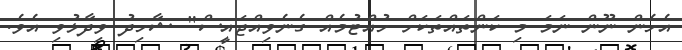
އެހެން ނޫން ނަމަ މި ކަންތައްތަކަށް ހުއްޓުމެއް ގެނެވިއްޖައީސް" ޝާހިދު ވިދާޅުވި އެވެ.